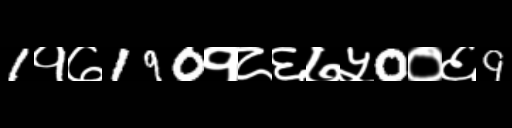
Text: 1१७190१८६७५0०६9